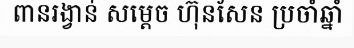
ពានរង្វាន់ សម្តេច ហ៊ុនសែន ប្រចាំឆ្នាំ